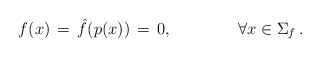
\begin{align*}f(x) \,=\, \hat{f}(p(x)) \,=\, 0, \hspace{4em} \forall x \in \Sigma_{f}\,.\end{align*}